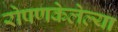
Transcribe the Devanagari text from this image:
रोपणकेलेल्या